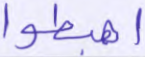
اهبطوا